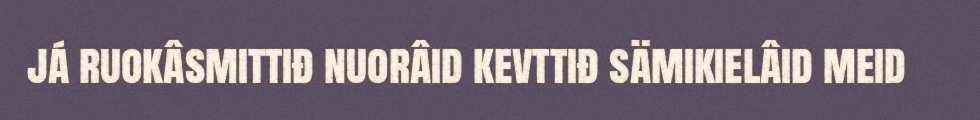
já ruokâsmittiđ nuorâid kevttiđ sämikielâid meid